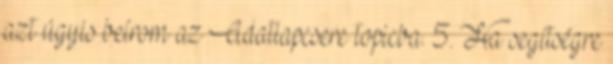
azt úgyis beírom az Adatlapcsere topicba. 5. Ha segítségre